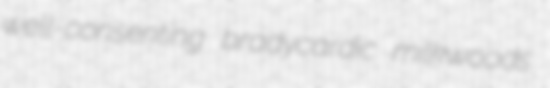
well-consenting bradycardic milkwoods